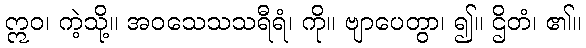
ဣဝ၊ ကဲ့သို့။ အဝသေသသရီရံ၊ ကို။ ဗျာပေတွာ၊ ၍။ ဌိတံ၊ ၏။